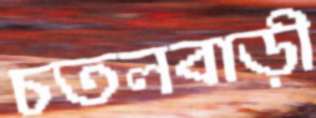
চতলবাড়ী